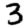
Digit: 3